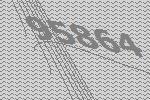
95864